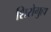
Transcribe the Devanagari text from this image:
शिरोगुहा